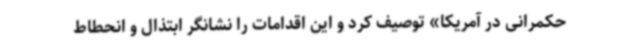
حکمرانی در آمریکا» توصیف کرد و این اقدامات را نشانگر ابتذال و انحطاط